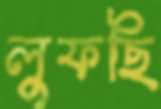
লুফছি